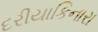
દરીયાકિનારા